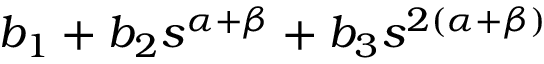
b _ { 1 } + b _ { 2 } s ^ { \alpha + \beta } + b _ { 3 } s ^ { 2 \left( \alpha + \beta \right) }